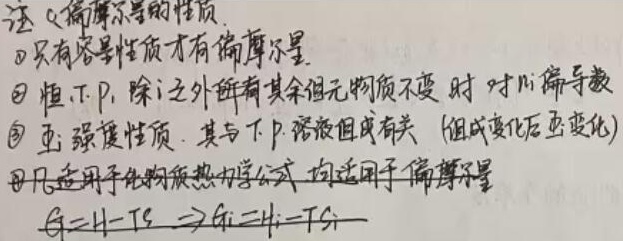
注：偏摩尔量的性质
\textcircled{1} 只有容量性质才有偏摩尔量。
\textcircled{2} 恒 \(T\), \(P\)，除 \(i\) 之外所有其余组元物质不变时对 \(n_{i}\) 偏导数。
\textcircled{3} 为强度性质，其与 \(T\), \(P\)，溶液组成有关（组成变化后也变化）。
\textcircled{4} 凡适用于纯物质热力学公式，均适用于偏摩尔量。
\[G = H - TS\Rightarrow G_{i}=H_{i}-TS_{i}\]